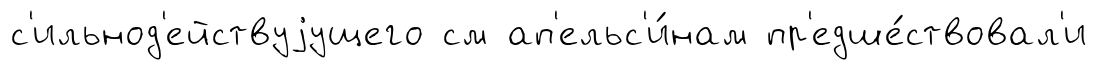
с'ильнод'ействуjущего см ап'ельс'и́нам пр'едше́ствовал'и